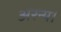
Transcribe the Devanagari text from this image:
अरन्य।